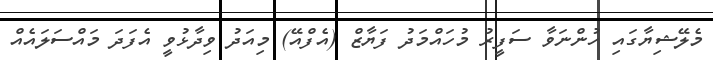
މެލޭޝިޔާގައި ހުންނަވާ ސަފީރު މުހައްމަދު ފަޔާޒް (އެފްއޭ) މިއަދު ވިދާޅުވީ އެފަދަ މައްސަލައެއް